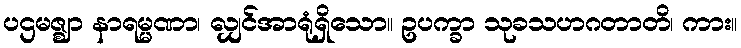
ပဌမဇ္ဈာ နာရမ္မဏာ၊ လျှင်အာရုံရှိသော။ ဥပက္ခာ သုခသဟဂတာတိ၊ ကား။